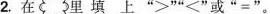
2. 在 里 填 上 ” > ” ” ＜ ” 或 ” = ” 。